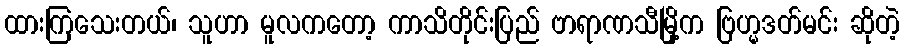
ထားကြသေးတယ်၊ သူဟာ မူလကတော့ ကာသိတိုင်းပြည် ဗာရာဏသီမြို့က ဗြဟ္မဒတ်မင်း ဆိုတဲ့